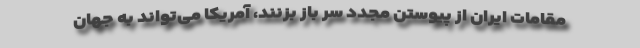
مقامات ایران از پیوستن مجدد سر باز بزنند، آمریکا می‌تواند به جهان